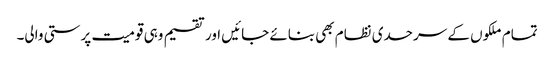
تمام ملکوں کے سرحدی نظام بھی بنائے جائیں اور تقسیم وہی قومیت پرستی والی۔